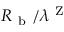
R _ { \mathrm { ~ b ~ } } / \lambda ^ { \mathrm { ~ Z ~ } }